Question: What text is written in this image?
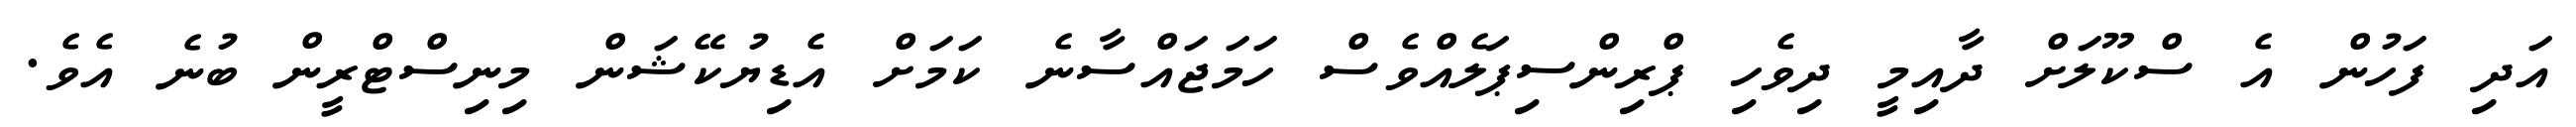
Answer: އަދި ފަހުން އެ ސްކޫލަށް ދާއިމީ ދިވެހި ޕްރިންސިޕަލެއްވެސް ހަމަޖައްސާނެ ކަމަށް އެޑިޔުކޭޝަން މިނިސްޓްރީން ބުނެ އެވެ.